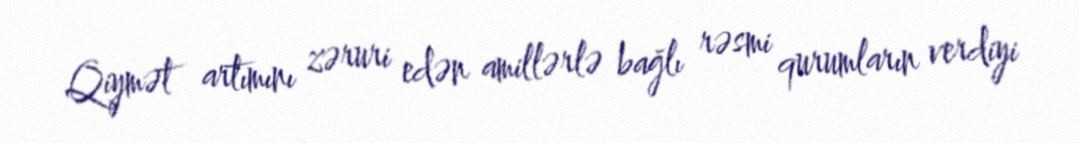
Qiymət artımını zəruri edən amillərlə bağlı rəsmi qurumların verdiyi